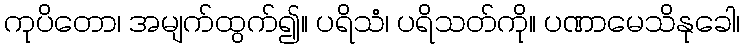
ကုပိတော၊ အမျက်ထွက်၍။ ပရိသံ၊ ပရိသတ်ကို။ ပဏာမေသိနုခေါ၊